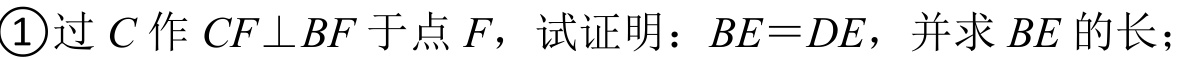
\textcircled{1}过 \(C\) 作 \(CF\perp BF\) 于点 \(F\)，试证明：\(BE = DE\)，并求 \(BE\) 的长；